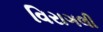
વિરાગલી